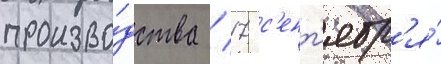
произво́дства / 17 с'ент'ябр'я́